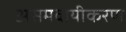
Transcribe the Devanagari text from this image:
असमवायीकरण